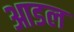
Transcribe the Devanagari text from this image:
आडल